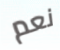
نعم